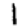
Digit: 1